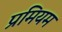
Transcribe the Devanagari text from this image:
प्रमियम